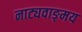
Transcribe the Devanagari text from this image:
नाट्यवाङ्‌मय